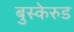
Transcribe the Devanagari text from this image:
बुस्केरुड